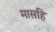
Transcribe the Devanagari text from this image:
मासहि